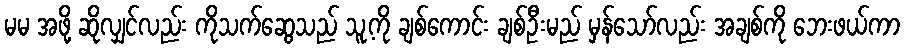
မမ အဖို့ ဆိုလျှင်လည်း ကိုသက်ဆွေသည် သူ့ကို ချစ်ကောင်း ချစ်ဦးမည် မှန်သော်လည်း အချစ်ကို ဘေးဖယ်ကာ